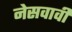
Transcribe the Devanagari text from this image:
नेसवावी